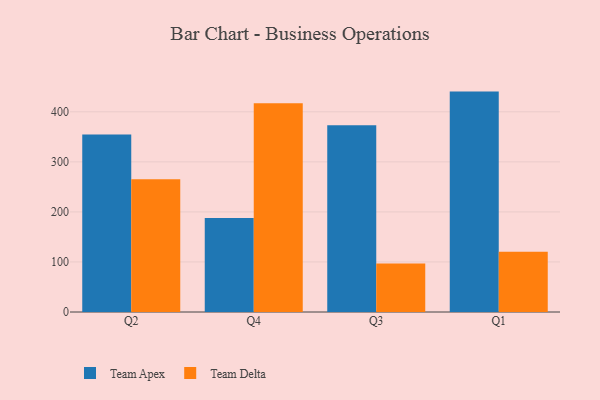
{"axis": {"x": "Quarter", "y": "Net Income (USD K)"}, "legend": ["Team Apex", "Team Delta"], "data": [{"x": "Q2", "y": 354.6, "type": "Team Apex"}, {"x": "Q2", "y": 265.4, "type": "Team Delta"}, {"x": "Q4", "y": 187.7, "type": "Team Apex"}, {"x": "Q4", "y": 417.3, "type": "Team Delta"}, {"x": "Q3", "y": 373.3, "type": "Team Apex"}, {"x": "Q3", "y": 97.0, "type": "Team Delta"}, {"x": "Q1", "y": 440.4, "type": "Team Apex"}, {"x": "Q1", "y": 120.3, "type": "Team Delta"}]}